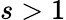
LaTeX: s>1